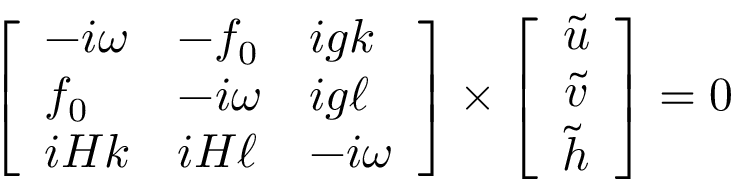
\left[ \begin{array} { l l l } { - i \omega } & { - f _ { 0 } } & { i g k } \\ { f _ { 0 } } & { - i \omega } & { i g \ell } \\ { i H k } & { i H \ell } & { - i \omega } \end{array} \right] \times \left[ \begin{array} { c } { \tilde { u } } \\ { \tilde { v } } \\ { \tilde { h } } \end{array} \right] = 0